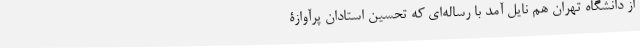
از دانشگاه تهران هم نایل آمد با رساله‌ای که تحسین استادان پرآوازۀ